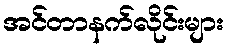
အင်တာနက်လိုင်းများ